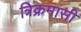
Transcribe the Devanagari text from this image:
त्रिक्रमासी